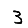
Digit: 3